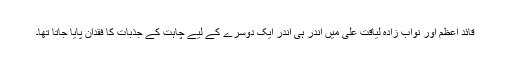
قائد اعظم اور نواب زادہ لیاقت علی میں اندر ہی اندر ایک دوسرے کے لیے چاہت کے جذبات کا فقدان پایا جاتا تھا۔